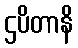
ဌပိတာနိ